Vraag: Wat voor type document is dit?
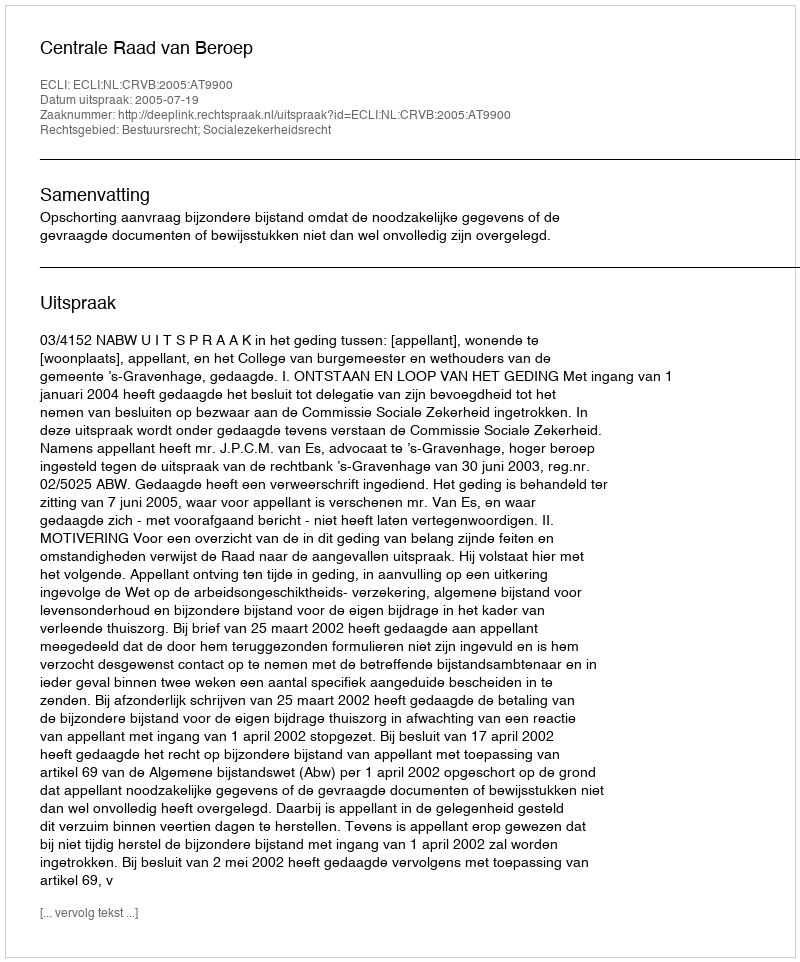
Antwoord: Uitspraak